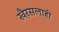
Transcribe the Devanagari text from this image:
खै़रसलाही